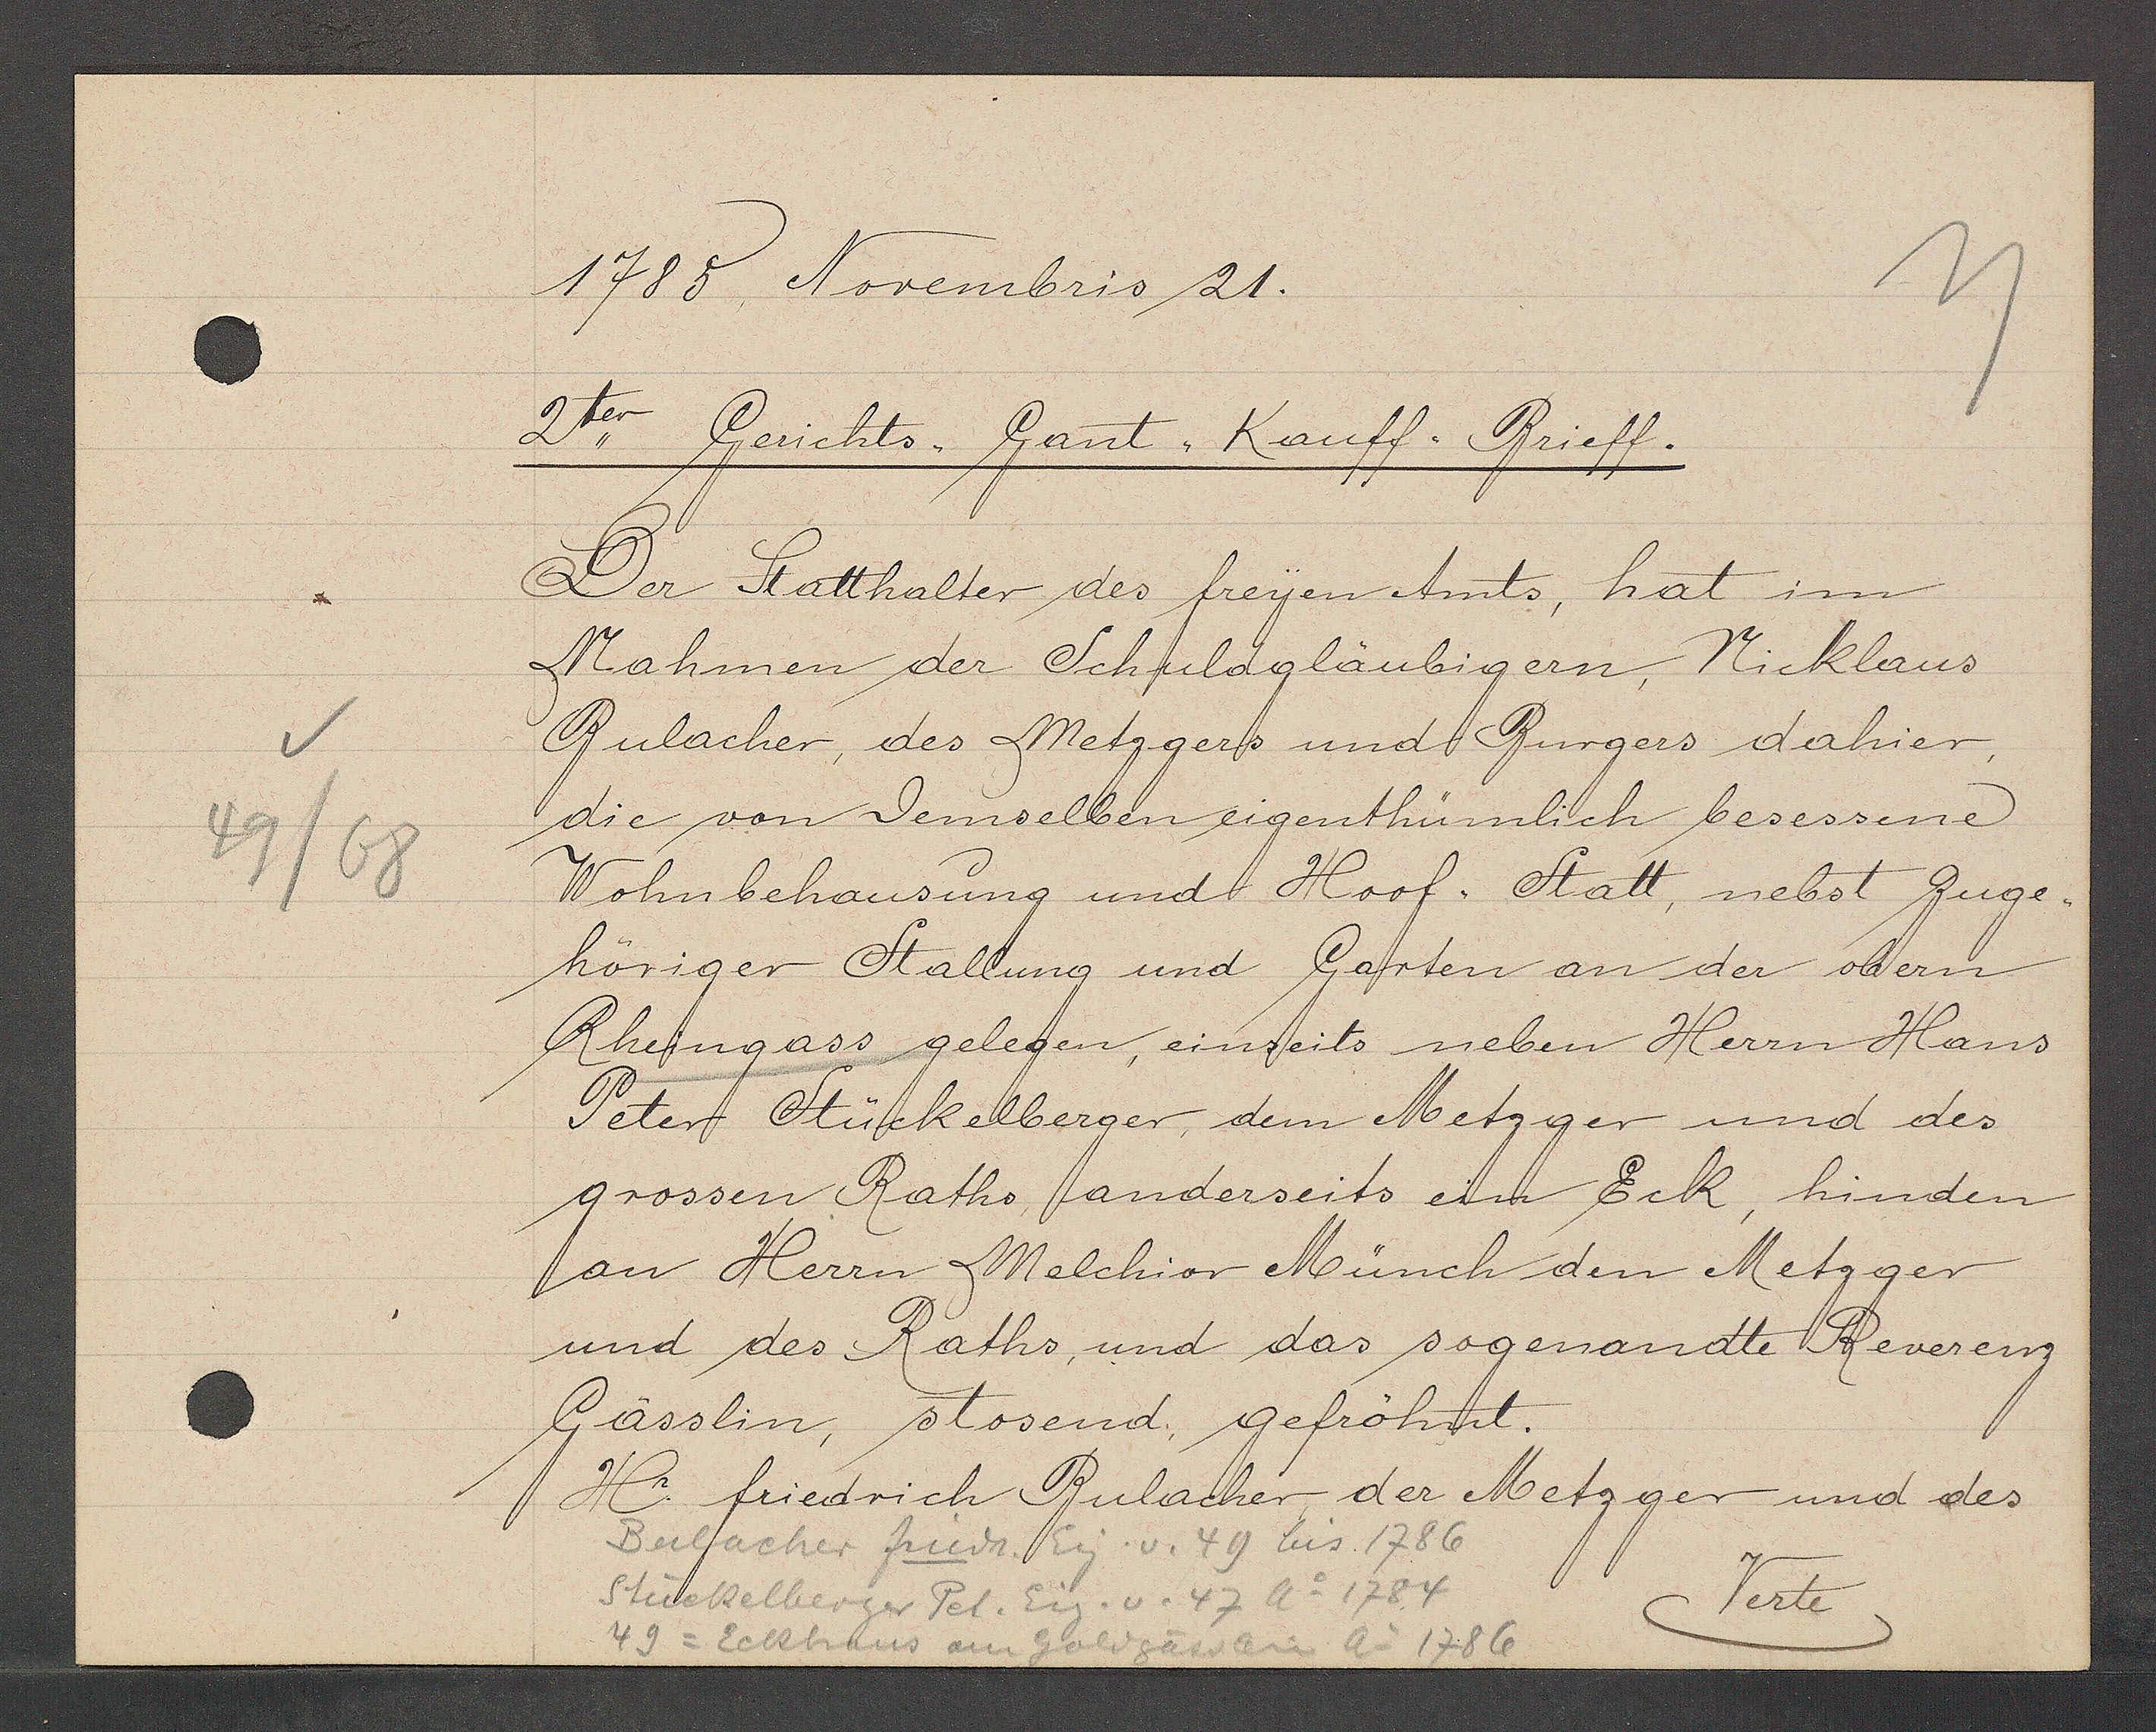
Transcript:
49/68

1785 Novembris 21.

2ter Gerichts,, Gant,, Kauff. Brieff.
Dor Statthalter des freyen Amts, hat um
Nahmen der Schuldgläubigern, Nicklaus
Bulacher, des Metzgerss und Burgers dahier,
die von demselben eigenthümlich besessene
Wohnbehausung und Hoof- Statt, nebst Zuge¬
höriger Stallung und Garten an der obern
Rheingass gelegen, einseits neben Herrn Hans
Peter Stückelberger, dem Metzger und des
grossen Raths anderseits ein Eck, hinden
an Herrn Melchior Münch den Metzger
und des Raths, und das sogenandte Reverenz
Gässlin, stosend, gefröhnt.

Hr. friedrich Bulacher der Metzger und des

Verte

Bulacher friedr. Eig. v. 49 bis 1786
Stückelberger Pet. Eig. v. 47 Ao 1784
49 = Eckhaus am Goldgässlein Ao 1786